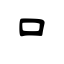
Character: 口